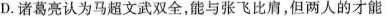
D.诸葛亮认为马超文武双全，能与张飞比肩，但两人的才能